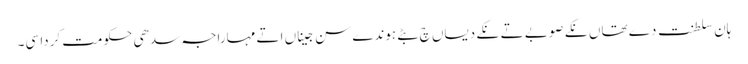
ہان سلطنت دے تھاں نکے صوبے تے نکے دیساں چ بٹے ہوندے سن جیناں اتے مہاراجہ سدھی حکومت کردا سی۔